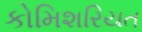
કોમિશરિયત